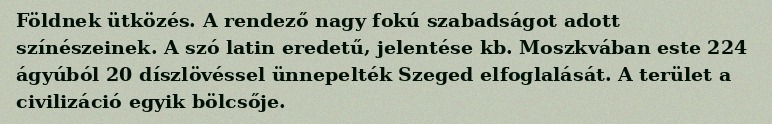
Földnek ütközés. A rendező nagy fokú szabadságot adott színészeinek. A szó latin eredetű, jelentése kb. Moszkvában este 224 ágyúból 20 díszlövéssel ünnepelték Szeged elfoglalását. A terület a civilizáció egyik bölcsője.